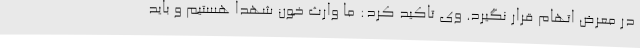
در معرض اتهام قرار نگیرد. وی تاکید کرد: ما وارث خون شهدا هستیم و باید